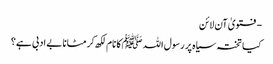
- فتویٰ آن لائن
کیا تختہ سیاہ پر رسول اللہ ﷺکا نام لکھ کر مٹانا بے ادبی ہے؟